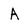
Character: A